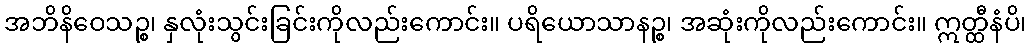
အဘိနိဝေသဉ္စ၊ နှလုံးသွင်းခြင်းကိုလည်းကောင်း။ ပရိယောသာနဉ္စ၊ အဆုံးကိုလည်းကောင်း။ ဣတ္ထီနံပိ၊